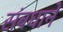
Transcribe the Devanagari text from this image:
संबधाने